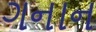
ગનાન